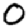
Digit: 0